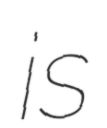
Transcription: is